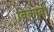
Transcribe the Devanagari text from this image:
विकावी